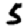
Digit: 5